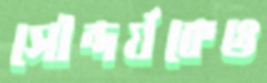
সৌন্দর্যকেও